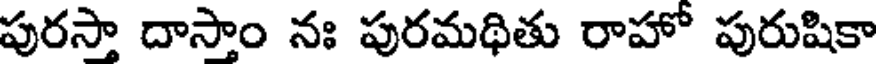
పురసా దాసాం నః పురమథితు రాహో పురుషికా